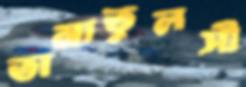
তামাতুলসী